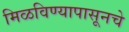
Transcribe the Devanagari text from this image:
मिळविण्यापासूनचे